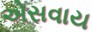
એસવાય